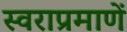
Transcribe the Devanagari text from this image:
स्वराप्रमाणें